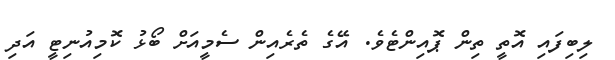
ލިބިފައި އޮތީ ތިން ޕޮއިންޓެވެ. އޭގެ ތެރެއިން ސެމީއަށް ބޯޅު ކޮމިއުނިޓީ އަދި